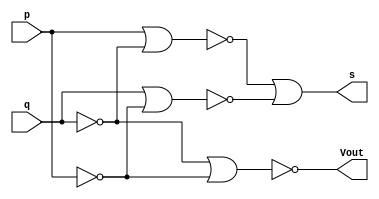
 // -------------------------------
// Guia 03_04 - Meia soma
// Nome: Ludmily Caldeira da Silva
// --------------------------------

// -------------------------------
// -- Meia soma
// -------------------------------

module MeiaSoma (s, Vout, p, q);
 
output s, Vout;
input  p, q;
wire temp[0:10];

nor NOR1 (temp[0], p);
nor NOR2 (temp[1], temp[0]);
nor NOR3 (temp[2], q);
nor NOR4 (temp[3], temp[1], temp[2]);
nor NOR5 (temp[4], q);
nor NOR6 (temp[5], temp[4]);
nor NOR7 (temp[6], p);
nor NOR8 (temp[7], temp[5], temp[6]);
nor NOR9 (temp[8], temp[3], temp[7]);
nor NOR10 (s, temp[8]);
nor NOR11 (temp[9], q);
nor NOR12 (temp[10], p);
nor NOR13 (Vout, temp[9], temp[10]);

 endmodule // Meia soma

// ---------------------
// -- test Meia soma
// ---------------------

module TestMeiaSoma;

reg   a, b;
wire  s1, Vout1;
 
// instancia

MeiaSoma Ms1 (s1, Vout1, a, b);

// parte principal

 initial begin
      $display("\nguia03_04 - Ludmily Caldeira da Silva - 417290\n");
      $display("Test Meia soma\n");
      $display("\na  b  Vout  s\n");
      $monitor("%b  %b   %b    %b", a, b, Vout1, s1);
  
	     a=0; b=0;
    #1  a=0; b=1; 
    #1  a=1; b=0;
    #1  a=1; b=1; 
  
    end
 
endmodule // testOrgate

/* Resultados obtidos

    guia03_04 - Ludmily Caldeira da Silva - 417290
    
    Test Meia soma
    
    
    a  b  Vout  s
    
    0  0   0    0
    0  1   0    1
    1  0   0    1
    1  1   1    0

    
*/